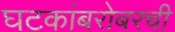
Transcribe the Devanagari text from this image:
घटकांबरोबरची